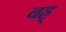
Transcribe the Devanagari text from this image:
बह्